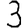
Digit: 3